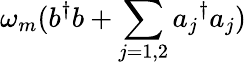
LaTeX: \omega_{m}(b^{\dagger}b+\sum_{j=1,2}{a_{j}}^{\dagger}a_{j})